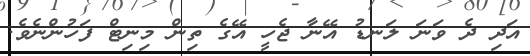
އަދި ދެ ވަނަ ލަނޑު އޭނާ ޖެހީ އޭގެ ތިން މިނިޓް ފަހުންނެވެ.